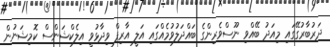
ދަރުބާރުގޭގައި މިއަދު ބޭއްވި ނޫސްވެރިންގެ ބައްދަލުވުމެއްގައި އަލީ އާރިފް ވިދާޅުވީ އިލެކްޝަންސް ކޮމިޝަނުން